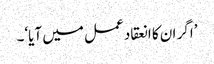
’اگر ان کا انعقاد عمل میں آیا‘۔